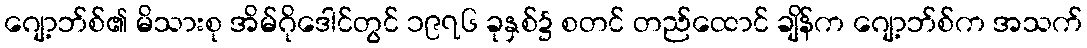
ဂျော့ဘ်စ်၏ မိသားစု အိမ်ဂိုဒေါင်တွင် ၁၉၇၆ ခုနှစ်၌ စတင် တည်ထောင် ချိန်က ဂျော့ဘ်စ်က အသက်